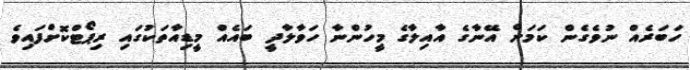
ހަބަރެއް ނުވެގެން ކަމަށް އޭނާގެ އާއިލާގެ މީހުންނާ ހަވާލާދީ ބައެއް މީޑިއާތަކުގައި ރިޕޯޓްކޮށްފައިވެ